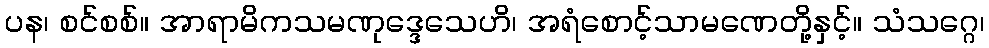
ပန၊ စင်စစ်။ အာရာမိကသမဏုဒ္ဒေသေဟိ၊ အရံစောင့်သာမဏေတို့နှင့်။ သံသဂ္ဂေ၊